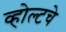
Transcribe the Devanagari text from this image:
व्होल्टचे